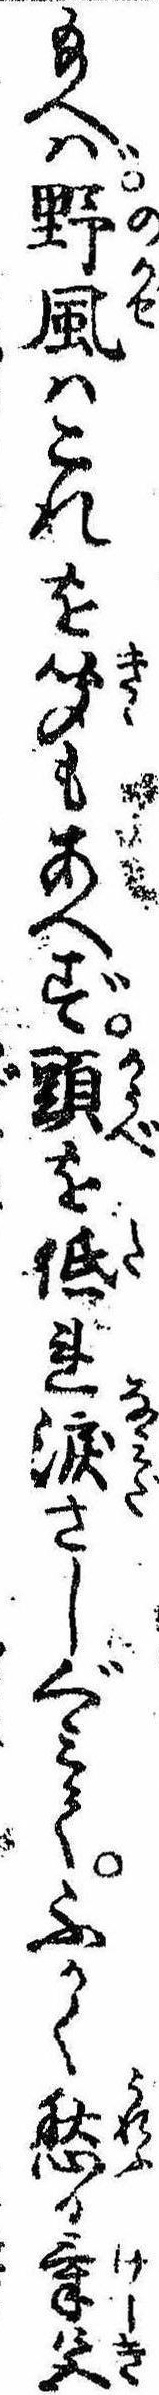
給へば野風はこれを聞もあへず頭を低れ涙さしぐみてふかく愁る気色